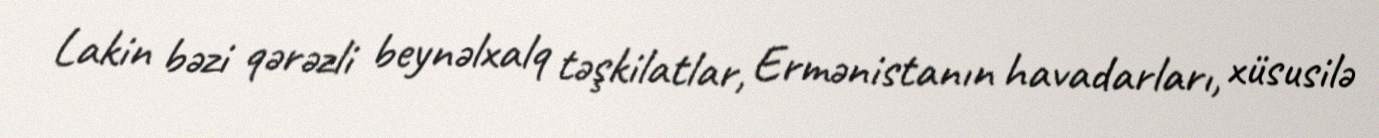
Lakin bəzi qərəzli beynəlxalq təşkilatlar, Ermənistanın havadarları, xüsusilə